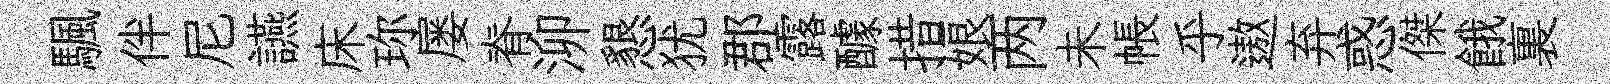
颿伴尼讌床珎屡脊泖懇犹郡露醵措娘两未帳乎遨弃惑傑餓裏